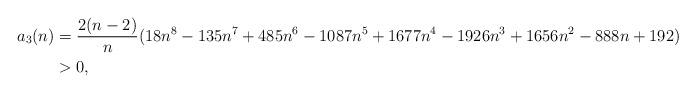
LaTeX: \begin{align*}a_3(n)& =\frac{2(n-2)}n (18 n^8 - 135 n^7 + 485 n^6 - 1087 n^5 + 1677 n^4 - 1926 n^3 + 1656 n^2 - 888 n + 192)\\&> 0,\end{align*}